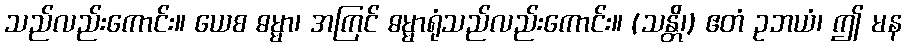
သည်လည်းကောင်း။ ယေစ ဓမ္မာ၊ အကြင် ဓမ္မာရုံသည်လည်းကောင်း။ (သန္တိ၊) ဧတံ ဥဘယံ၊ ဤ မန